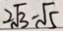
2 \sqrt { 3 } - \sqrt { 5 }